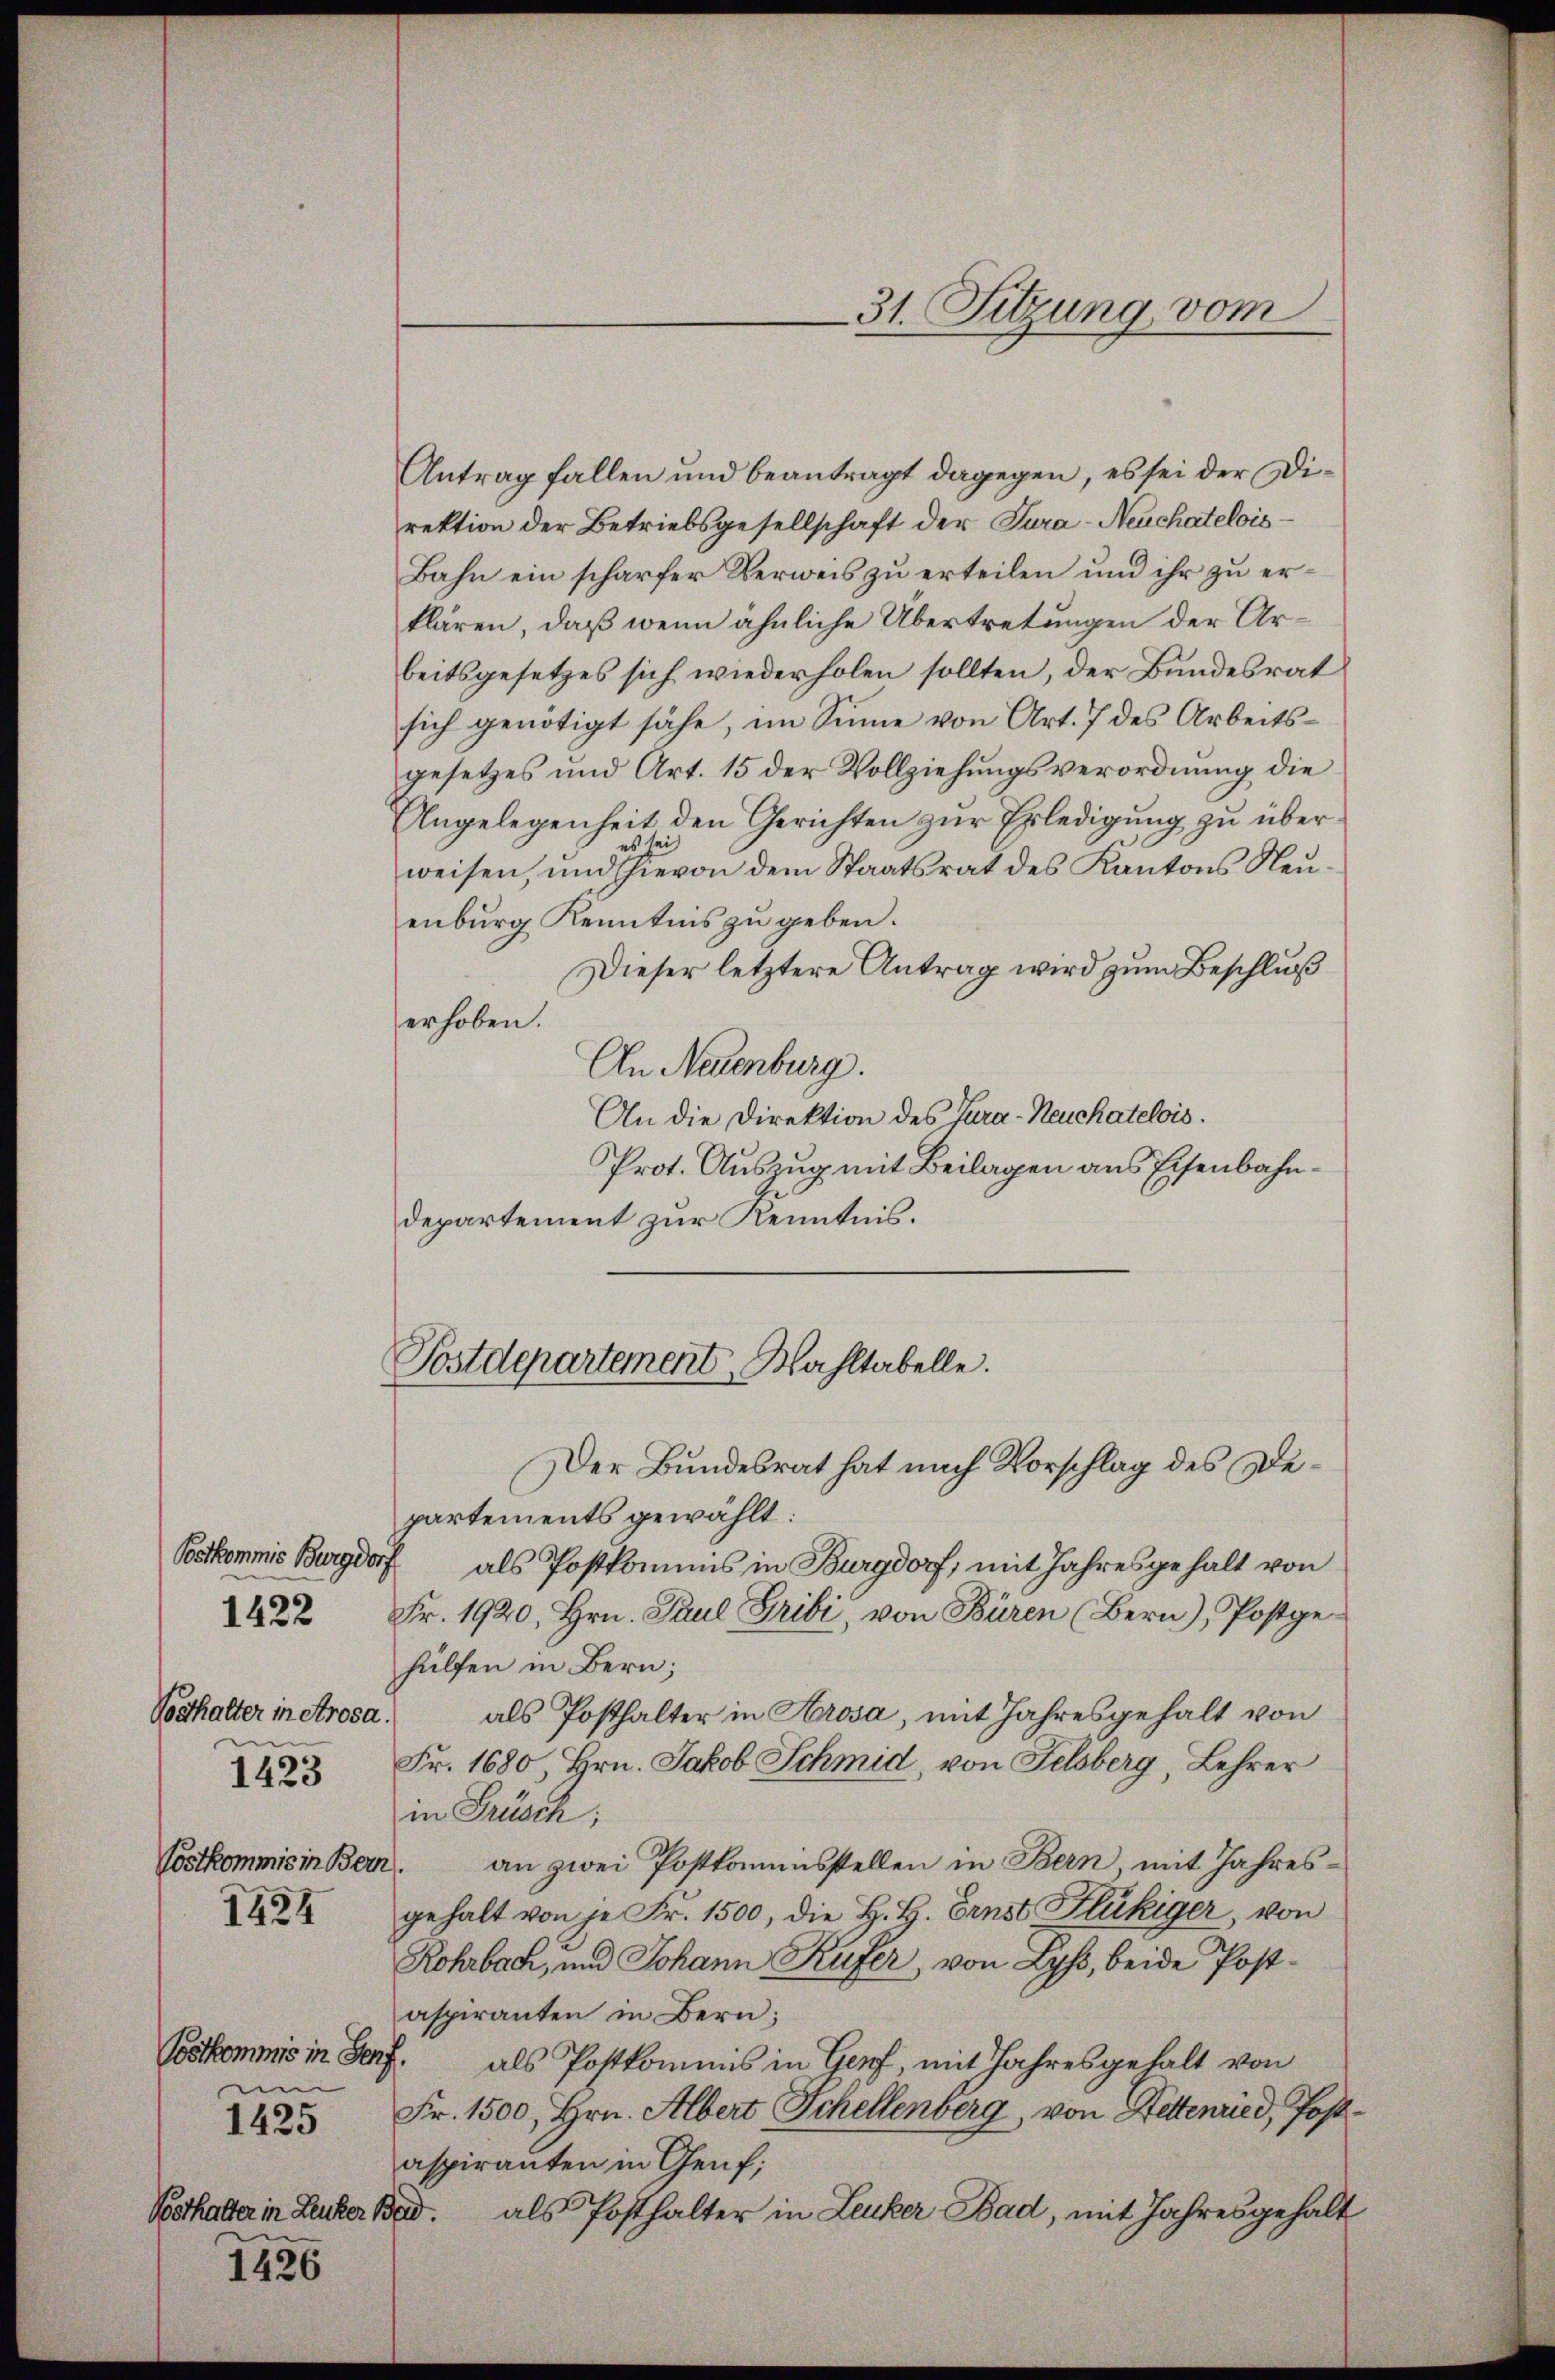
Vosthalter in Arosa.
1423
Löstkommis in Bern.
1424

1422

um

1425

1426

Antrag fallen und beantragt dagegen, es sei der Direktion der Betriebsgesellschaft der Tura-Neuchatelois¬
Bahn ein scharfer Verweis zu erteilen und ihr zu erklären, daß wenn ähnliche Übertretungen der Arbeitsgesetzes sich wiederholen sollten, der Bundesrat
sich genötigt sähe, im Sinne von Art. 7 des Arbeitsgesetzes und Art. 15 der Vollziehŭngsverordnŭng die
Angelegenheit den Gerichten zur Erledigung zu überweisen, und hievon dem Staatsrat des Kantons Neuenburg Kenntnis zu geben.
Dieser letztere Antrag wird zum Beschluß
erhoben.
An Neuenburg.
An die Direktion des Jura-Neuchatelois.
Prot. Auszug mit Beilagen aus Eisenbahndepartement zur Kenntnis.

partements gewählt:
Postkommis Burgdorf als Postkommis in Burgdorf, mit Jahresgehalt von
Fr. 1920, Hrn. Paul Pribi, von Büren (Bern), Postge-
hülfen in Bern;
als Posthalter in Krosa, mit Jahresgehalt von
Fr. 1680, Hrn. Jakob Schmid, von Felsberg, Lehrer
in Brüsch;
an zwei Postkommisstellen in Bern, mit Jahresgehalt von je Fr. 1500, die H. H. Ernst Flückiger, von
Rohrbach, und Johann Küfer, von Lyß, beide Postaspiranten in Bern;
Postkommis in Genf als Postkommis in Genf, mit Jahresgehalt von
Fr. 1500, Hrn. Albert Schellenberg, von Hettenried, Postaspiranten in Genf;
Bsthalter in Leuber Brid. als Posthalter in Leuker Bad, mit Jahresgehalt

Postdepartement, Mahltabelle.
Der Bundesrat hat nach Vorschlag des De¬

31. Sitzung vom